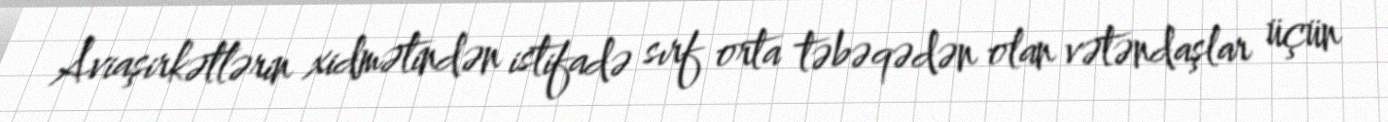
Aviaşirkətlərin xidmətindən istifadə sırf orta təbəqədən olan vətəndaşlar üçün